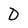
Character: D